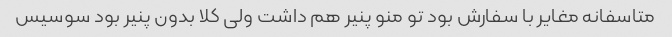
متاسفانه مغایر با سفارش بود تو منو پنیر هم داشت ولی کلا بدون پنیر بود سوسیس